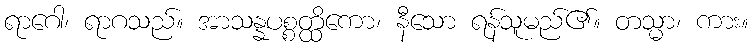
ရာဂေါ၊ ရာဂသည်။ အာသန္နပစ္စတ္ထိကော၊ နီသော ရန်သူမည်၏။ တသ္မာ၊ ကား။